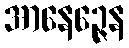
အာနေဉ္ဇေန